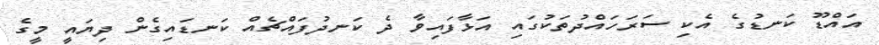
އައްޑޫ ކަނޑުގެ އެކި ސަރަހައްދުތަކުގައި އަޅާފައިވާ ދެ ކަނދުފައްޗެއް ކަނޑައިގެން ދިޔައީ މީގެ